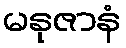
မနုဇာနံ